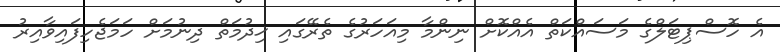
އެ ހޮސްޕިޓަލްގެ މަސައްކަތް އެއްކޮށް ނިންމާ މިއަހަރުގެ ތެރޭގައި ޚިދުމަތް ދިނުމަށް ހަމަޖެހިފައިވާއިރު